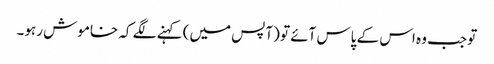
تو جب وہ اس کے پاس آئے تو (آپس میں) کہنے لگے کہ خاموش رہو۔